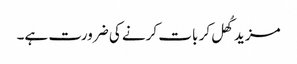
مزید کُھل کر بات کرنے کی ضرورت ہے۔